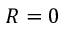
R = 0